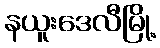
နယူးဒေလီမြို့